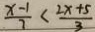
\frac { x - 1 } { 7 } < \frac { 2 x + 5 } { 3 }